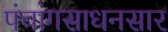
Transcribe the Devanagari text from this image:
पंचांगसाधनसार